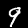
Digit: 9